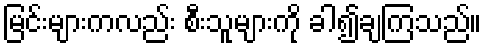
မြင်းများကလည်း စီးသူများကို ခါ၍ချကြသည်။